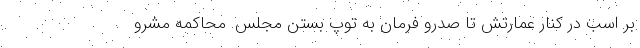
بر اسب در کنار عمارتش تا صدرو فرمان به توپ بستن مجلس. محاکمه مشرو